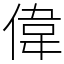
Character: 偉